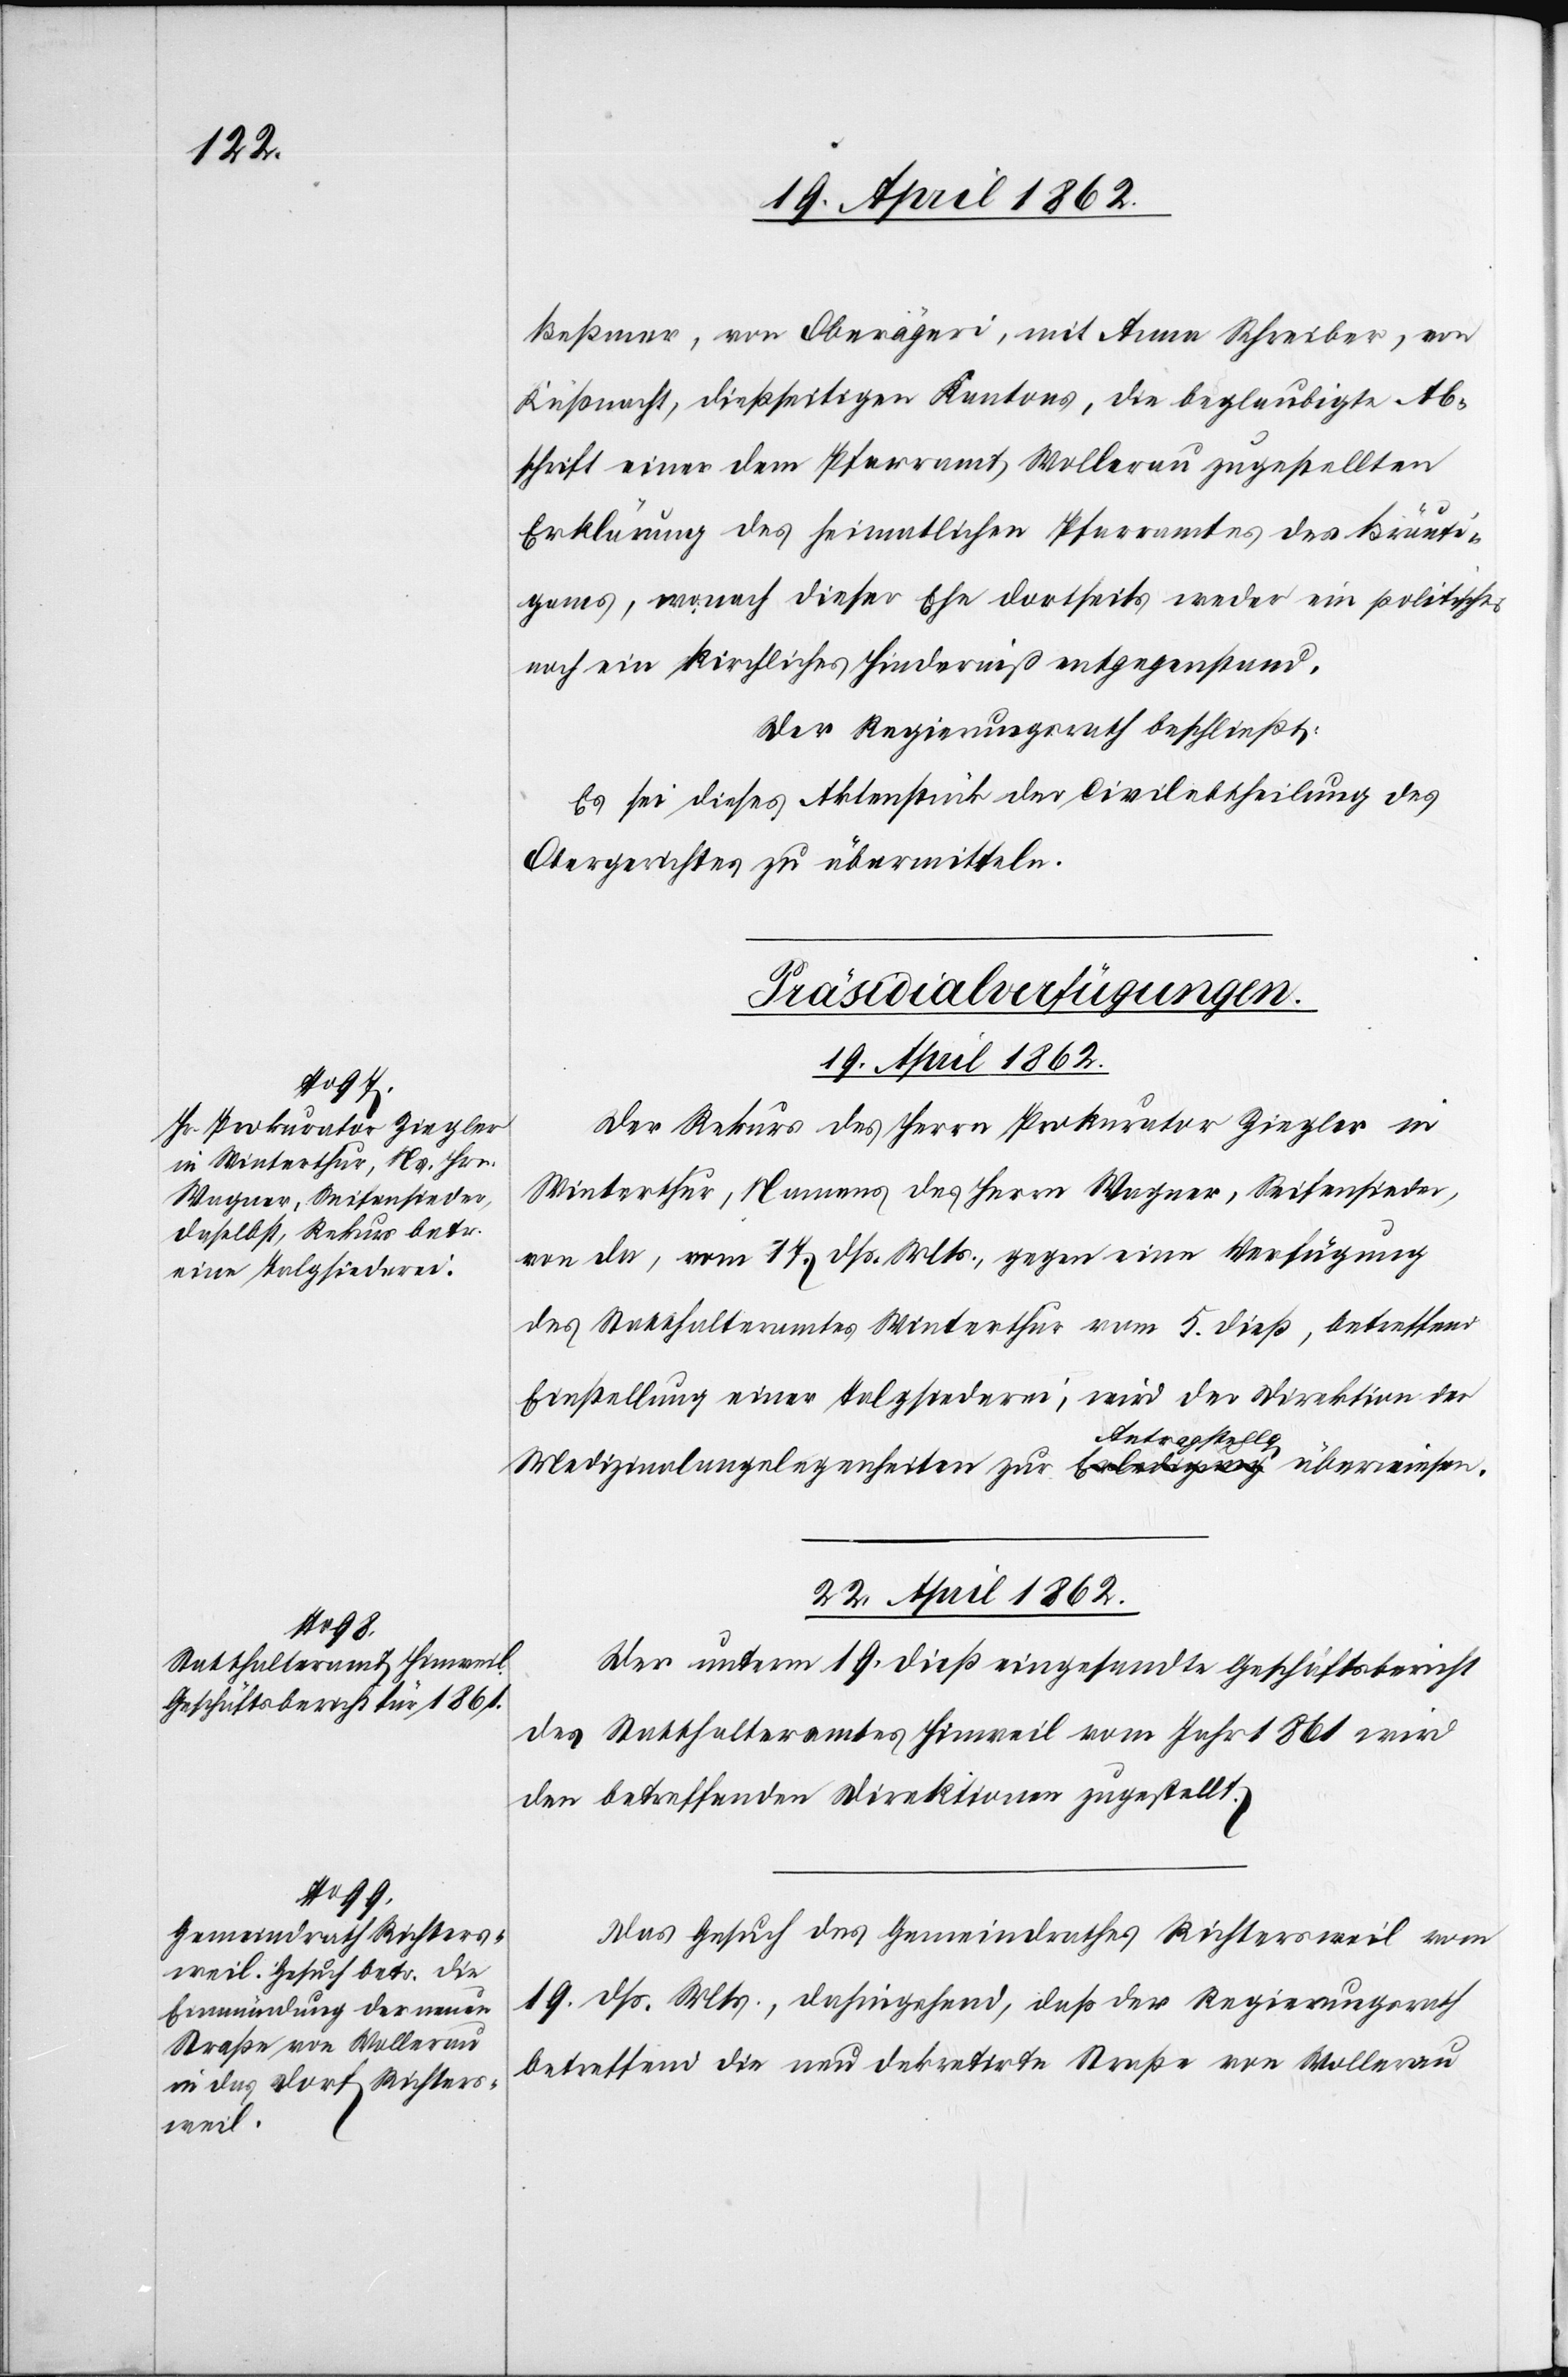
Beßmer, von Oberägeri, mit Anna Schreiber, von
Küsnacht, dießseitigen Kantons, die beglaubigte Ab¬
schrift einer dem Pfarramt Wollerau zugestellten
Erklärung des heimatlichen Pfarramtes des Bräuti¬
gams, wonach dieser Ehe dortseits weder ein politisches
noch ein kirchliches Hinderniß entgegenstand.
Der Regierungsrath beschließt:
Es sei dieses Aktenstück der Civilabtheilung des
Obergerichtes zu übermitteln.
[Präsidialverfügungen.
19. April 1862.
Der Rekurs des Herrn Prokurator Ziegler in
Winterthur, Namens des Herrn Wagner, Seifensieder,
von da, vom 17. dß. Mts., gegen eine Verfügung
des Statthalteramtes Winterthur vom 5. dieß, betreffend
Einstellung einer Talgsiederei, wird der Direktion der
Medizinalangelegenheiten zur Antragstellg. überwiesen.
22. April 1862.]
Der unterm 19. dieß eingesandte Geschäftsbericht
des Statthalteramtes Hinweil vom Jahr 1861 wird
den betreffenden Direktionen zugestellt.
Das Gesuch des Gemeindrathes Richtersweil vom
19. dß. Mts., dahingehend, daß der Regierungsrath
betreffend die neu dekretirte Straße von Wollerau